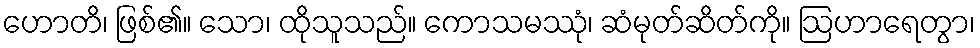
ဟောတိ၊ ဖြစ်၏။ သော၊ ထိုသူသည်။ ကောသမဿုံ၊ ဆံမုတ်ဆိတ်ကို။ ဩဟာရေတွာ၊